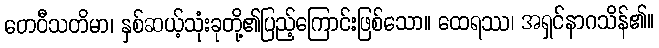
တေဝီသတိမာ၊ နှစ်ဆယ့်သုံးခုတို့၏ပြည့်ကြောင်းဖြစ်သော။ ထေရဿ၊ အရှင်နာဂသိန်၏။